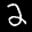
Label: 2